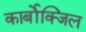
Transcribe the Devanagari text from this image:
कार्बोक्जिल